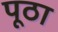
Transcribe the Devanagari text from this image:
पूठा